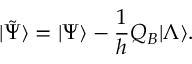
| \tilde { \Psi } \rangle = | \Psi \rangle - \frac { 1 } { h } Q _ { B } | \Lambda \rangle .